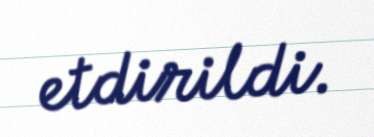
etdirildi.